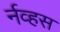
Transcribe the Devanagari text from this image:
र्नव्हस